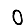
Digit: 0